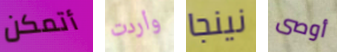
أتمكن وأردت نينجا أوصى